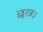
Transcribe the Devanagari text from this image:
छात्र।